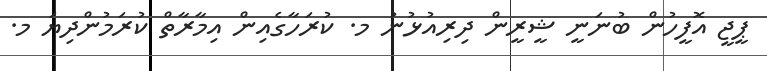
ޕީޖީ އޮފީހުން ބުނަނީ ޝީރީން ދިރިއުޅުނު މ. ކުރަހާގެއިން އިމާރާތް ކުރަމުންދިޔަ މ.